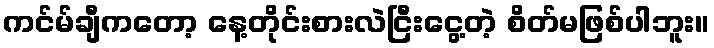
ကင်မ်ချီကတော့ နေ့တိုင်းစားလဲငြီးငွေ့တဲ့ စိတ်မဖြစ်ပါဘူး။